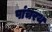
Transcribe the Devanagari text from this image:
पांचरथ